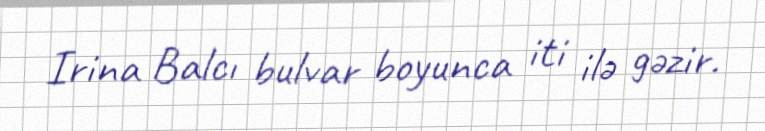
Irina Balcı bulvar boyunca iti ilə gəzir.